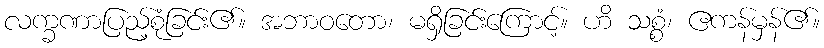
လက္ခဏာပြည့်စုံခြင်း၏။ အဘာဝတော၊ မရှိခြင်းကြောင့်။ ဟိ သစ္စံ၊ ဧကန်မှန်၏။